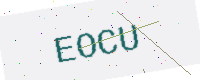
Text: EOCU